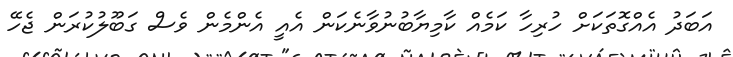
އަބަދު އެއްގޮތަކަށް ހުރިހާ ކަމެއް ކާމިޔާބުނުވާނެކަން އެއީ އެންމެން ވެސް ގަބޫލުކުރަން ޖެހޭ